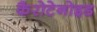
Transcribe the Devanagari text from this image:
कैरोटेनोइड